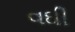
વઘી